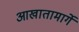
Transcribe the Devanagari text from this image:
आखातामार्गे